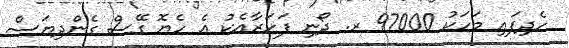
ހެދިފައި މަހަކު 97000 ރ. ދޯނި ފަހަރާއެކު އެ ހެޔޮ ގޭސް ގެންދިޔަސް